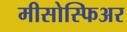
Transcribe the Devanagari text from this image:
मीसोस्फिअर